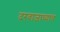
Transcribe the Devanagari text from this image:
दरवाजाच्याच